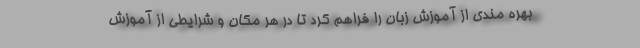
بهره مندی از آموزش زبان را فراهم کرد تا در هر مکان و شرایطی از آموزش